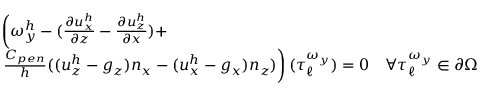
\begin{array} { r l } & { \left( \omega _ { y } ^ { h } - ( \frac { \partial u _ { x } ^ { h } } { \partial z } - \frac { \partial u _ { z } ^ { h } } { \partial x } ) + \right. } \\ & { \left. \frac { C _ { p e n } } { h } ( ( u _ { z } ^ { h } - g _ { z } ) n _ { x } - ( u _ { x } ^ { h } - g _ { x } ) n _ { z } ) \right) ( \boldsymbol { \tau } _ { \ell } ^ { \omega _ { y } } ) = 0 \quad \forall \boldsymbol { \tau } _ { \ell } ^ { \omega _ { y } } \in \partial \Omega } \end{array}